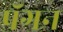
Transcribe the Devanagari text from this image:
पॅगन